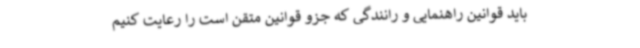
باید قوانین راهنمایی و رانندگی که جزو قوانین متقن است را رعایت کنیم